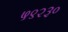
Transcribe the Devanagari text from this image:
५९२३०